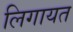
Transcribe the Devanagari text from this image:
लिगायत